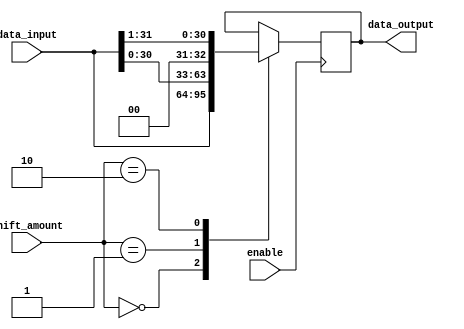
module barrel_shifter (
  input wire [31:0] data_input,
  input wire [4:0] shift_amount,
  input wire enable,
  output reg [31:0] data_output
);

always @ (posedge enable) begin
  case(shift_amount)
    5'b00000: data_output <= data_input; // no shift
    5'b00001: data_output <= data_input << 1; // left shift by 1
    5'b00010: data_output <= data_input >> 1; // right shift by 1
    // add more cases for different shift amounts as needed
  endcase
end

endmodule